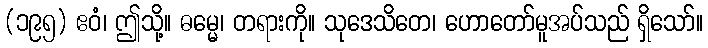
(၁၉၅) ဧဝံ၊ ဤသို့။ ဓမ္မေ၊ တရားကို။ သုဒေသိတေ၊ ဟောတော်မူအပ်သည် ရှိသော်။